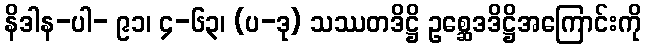
နိဒါန-ပါ- ၉၁၊ ၄-၆၃၊ (ပ-ဒု) သဿတဒိဋ္ဌိ ဥစ္ဆေဒဒိဋ္ဌိအကြောင်းကို